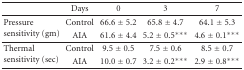
|  | Days | 0 | 3 | 7 |
 | --- | --- | --- | --- | --- |
 | <ROWSPAN=2> Pressure sensitivity (gm) | Control | 66.6 ± 5.2 | 65.8 ± 4.7 | 64.1 ± 5.3 |
 | AIA | 61.6 ± 4.4 | 5.2 ± 0.5*** | 4.6 ± 0.1*** |
 | <ROWSPAN=2> Thermal sensitivity (sec) | Control | 9.5 ± 0.5 | 7.5 ± 0.6 | 8.5 ± 0.7 |
 | AIA | 10.0 ± 0.7 | 3.2 ± 0.2*** | 2.9 ± 0.8*** |